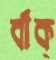
বাঁক্‌